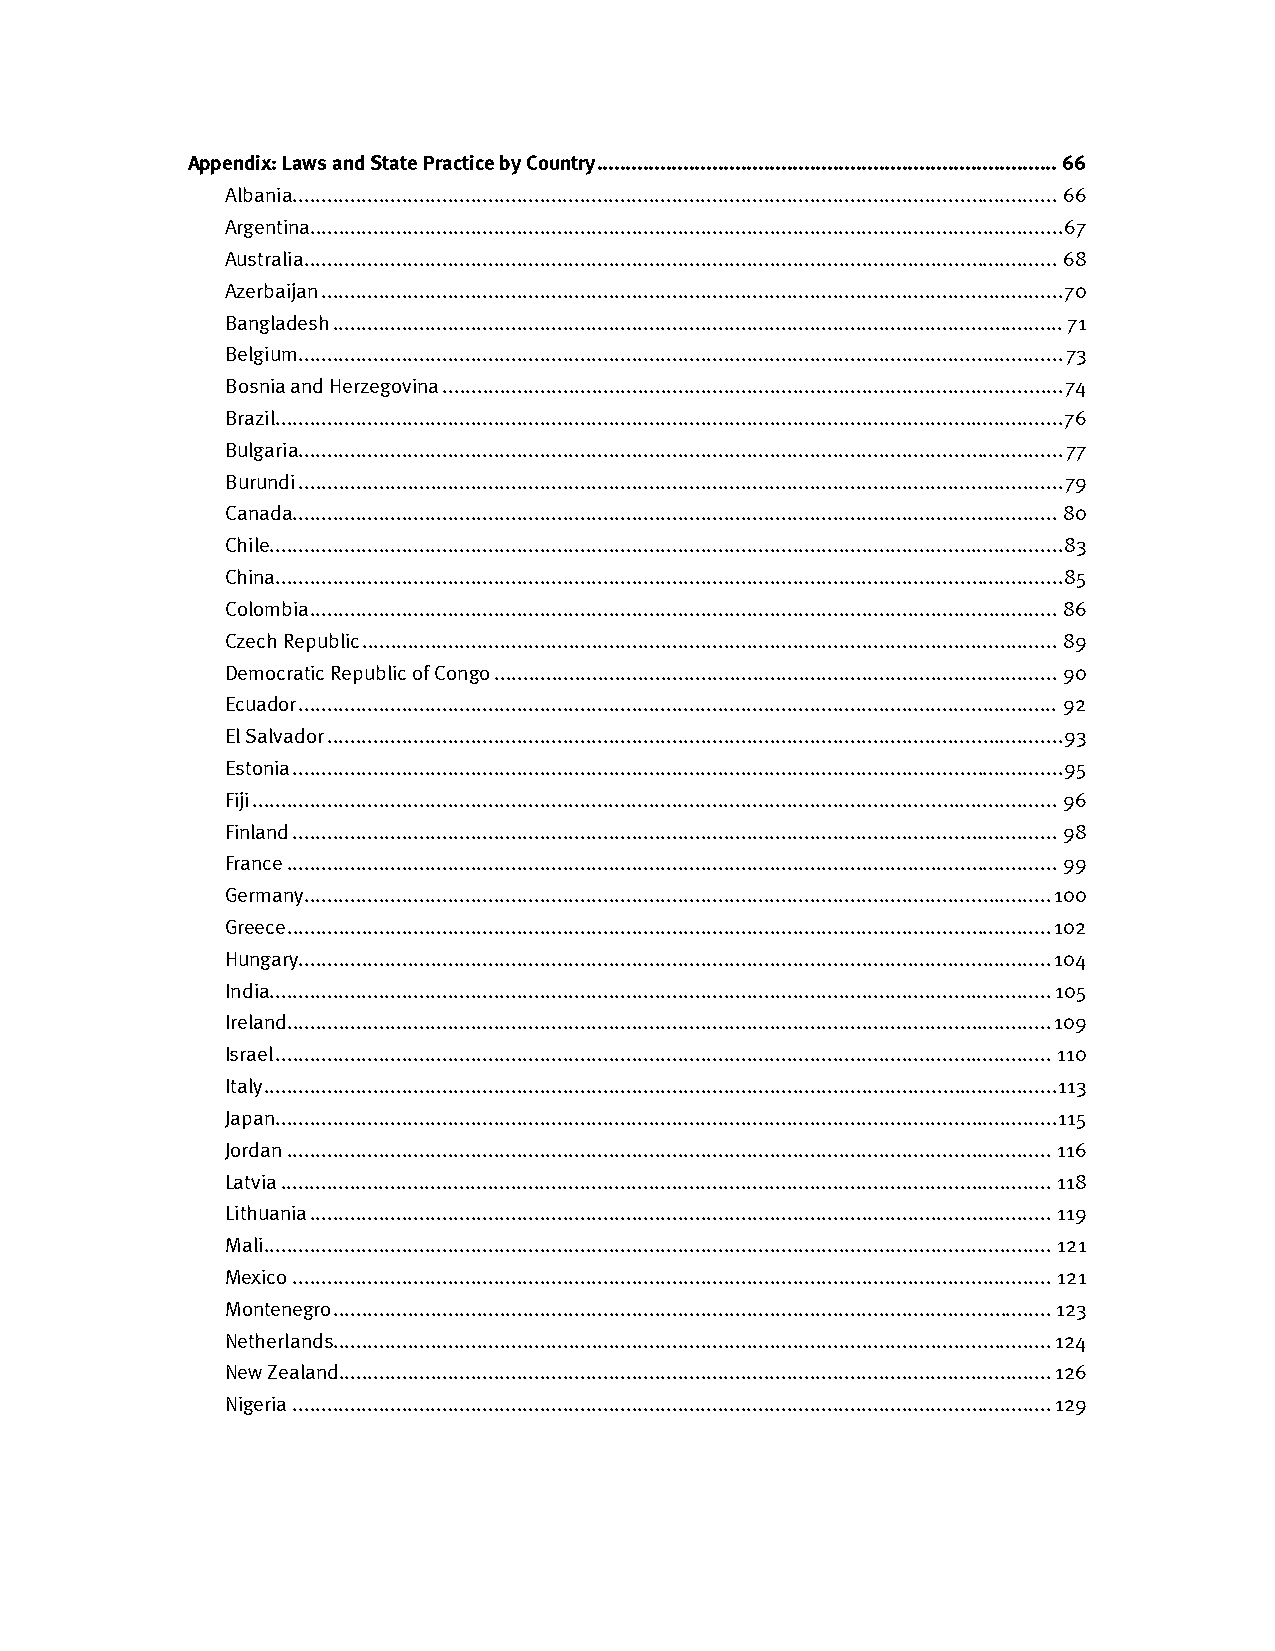
Appendix: Laws and State Practice by Country ................................................................................ 66
 Albania ..................................................................................................................................... 66
 Argentina ................................................................................................................................... 67
 Australia ................................................................................................................................... 68
 Azerbaijan ................................................................................................................................. 70
 Bangladesh ............................................................................................................................... 71
 Belgium ..................................................................................................................................... 73
 Bosnia and Herzegovina ............................................................................................................ 74
 Brazil ......................................................................................................................................... 76
 Bulgaria ..................................................................................................................................... 77
 Burundi ..................................................................................................................................... 79
 Canada ..................................................................................................................................... 80
 Chile .......................................................................................................................................... 83
 China......................................................................................................................................... 85
 Colombia .................................................................................................................................. 86
 Czech Republic ......................................................................................................................... 89
 Democratic Republic of Congo .................................................................................................. 90
 Ecuador .................................................................................................................................... 92
 El Salvador ................................................................................................................................ 93
 Estonia ...................................................................................................................................... 95
 Fiji ............................................................................................................................................ 96
 Finland ..................................................................................................................................... 98
 France ...................................................................................................................................... 99
 Germany .................................................................................................................................. 100
 Greece ..................................................................................................................................... 102
 Hungary ................................................................................................................................... 104
 India ........................................................................................................................................ 105
 Ireland ..................................................................................................................................... 109
 Israel ....................................................................................................................................... 110
 Italy .......................................................................................................................................... 113
 Japan ........................................................................................................................................ 115
 Jordan ..................................................................................................................................... 116
 Latvia ...................................................................................................................................... 118
 Lithuania ................................................................................................................................. 119
 Mali ......................................................................................................................................... 121
 Mexico .................................................................................................................................... 121
 Montenegro ............................................................................................................................. 123
 Netherlands ............................................................................................................................. 124
 New Zealand............................................................................................................................ 126
 Nigeria .................................................................................................................................... 129